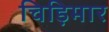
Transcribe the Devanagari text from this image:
चिड़िमार